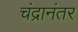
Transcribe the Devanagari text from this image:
चंद्रानंतर